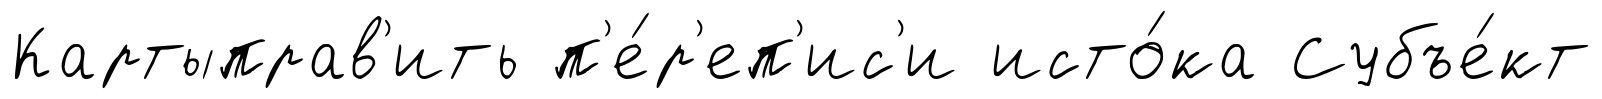
Картыправ'ить п'е́р'еп'ис'и исто́ка Субъе́кт